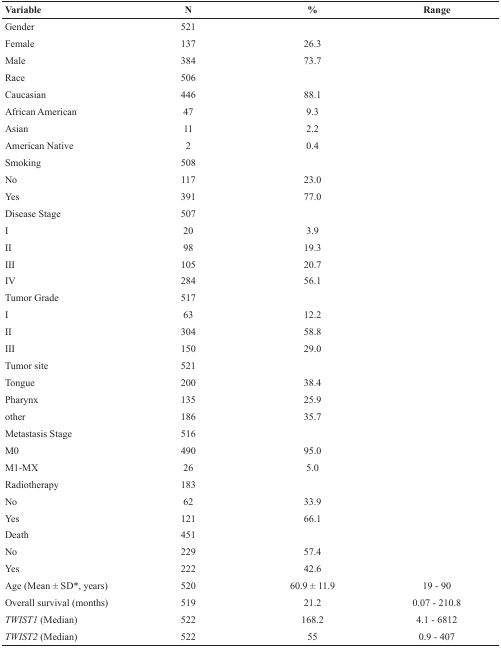
<table><thead><tr><td><b>Variable</b></td><td><b>N</b></td><td><b>%</b></td><td><b>Range</b></td></tr></thead><tbody><tr><td>Gender</td><td>521</td><td></td><td></td></tr><tr><td>Female</td><td>137</td><td>26.3</td><td></td></tr><tr><td>Male</td><td>384</td><td>73.7</td><td></td></tr><tr><td>Race</td><td>506</td><td></td><td></td></tr><tr><td>Caucasian</td><td>446</td><td>88.1</td><td></td></tr><tr><td>African American</td><td>47</td><td>9.3</td><td></td></tr><tr><td>Asian</td><td>11</td><td>2.2</td><td></td></tr><tr><td>American Native</td><td>2</td><td>0.4</td><td></td></tr><tr><td>Smoking</td><td>508</td><td></td><td></td></tr><tr><td>No</td><td>117</td><td>23.0</td><td></td></tr><tr><td>Yes</td><td>391</td><td>77.0</td><td></td></tr><tr><td>Disease Stage</td><td>507</td><td></td><td></td></tr><tr><td>I</td><td>20</td><td>3.9</td><td></td></tr><tr><td>II</td><td>98</td><td>19.3</td><td></td></tr><tr><td>III</td><td>105</td><td>20.7</td><td></td></tr><tr><td>IV</td><td>284</td><td>56.1</td><td></td></tr><tr><td>Tumor Grade</td><td>517</td><td></td><td></td></tr><tr><td>I</td><td>63</td><td>12.2</td><td></td></tr><tr><td>II</td><td>304</td><td>58.8</td><td></td></tr><tr><td>III</td><td>150</td><td>29.0</td><td></td></tr><tr><td>Tumor site</td><td>521</td><td></td><td></td></tr><tr><td>Tongue</td><td>200</td><td>38.4</td><td></td></tr><tr><td>Pharynx</td><td>135</td><td>25.9</td><td></td></tr><tr><td>other</td><td>186</td><td>35.7</td><td></td></tr><tr><td>Metastasis Stage</td><td>516</td><td></td><td></td></tr><tr><td>M0</td><td>490</td><td>95.0</td><td></td></tr><tr><td>M1-MX</td><td>26</td><td>5.0</td><td></td></tr><tr><td>Radiotherapy</td><td>183</td><td></td><td></td></tr><tr><td>No</td><td>62</td><td>33.9</td><td></td></tr><tr><td>Yes</td><td>121</td><td>66.1</td><td></td></tr><tr><td>Death</td><td>451</td><td></td><td></td></tr><tr><td>No</td><td>229</td><td>57.4</td><td></td></tr><tr><td>Yes</td><td>222</td><td>42.6</td><td></td></tr><tr><td>Age (Mean ± SD*, years)</td><td>520</td><td>60.9 ± 11.9</td><td>19 - 90</td></tr><tr><td>Overall survival (months)</td><td>519</td><td>21.2</td><td>0.07 - 210.8</td></tr><tr><td><i>TWIST1</i> (Median)</td><td>522</td><td>168.2</td><td>4.1 - 6812</td></tr><tr><td><i>TWIST2</i> (Median)</td><td>522</td><td>55</td><td>0.9 - 407</td></tr></tbody></table>